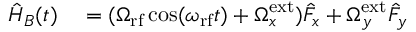
\begin{array} { r l } { \hat { H } _ { B } ( t ) } & { { } = ( \Omega _ { \mathrm { r f } } \cos ( \omega _ { \mathrm { r f } } t ) + \Omega _ { x } ^ { \mathrm { e x t } } ) \hat { F } _ { x } + \Omega _ { y } ^ { \mathrm { e x t } } \hat { F } _ { y } } \end{array}